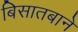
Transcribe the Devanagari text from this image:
बिसातबाने